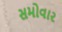
સમોવાર